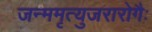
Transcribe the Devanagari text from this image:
जन्ममृत्युजरारोगैः